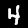
Digit: 4